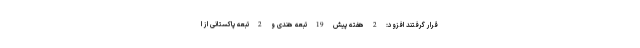
قرار گرفتند افزود: 2 هفته پیش 19 تبعه هندی و 2 تبعه پاکستانی از ا